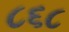
૮૬૮